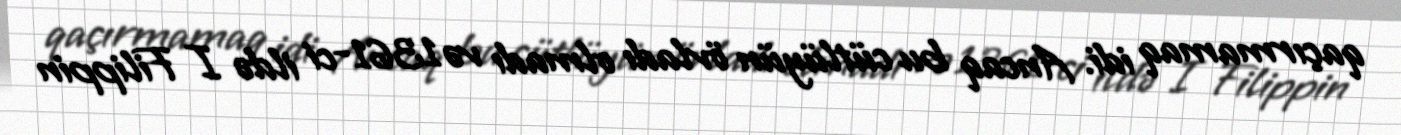
qaçırmamaq idi. Ancaq bu cütlüyün övladı olmadı və 1361-ci ildə I Filippin